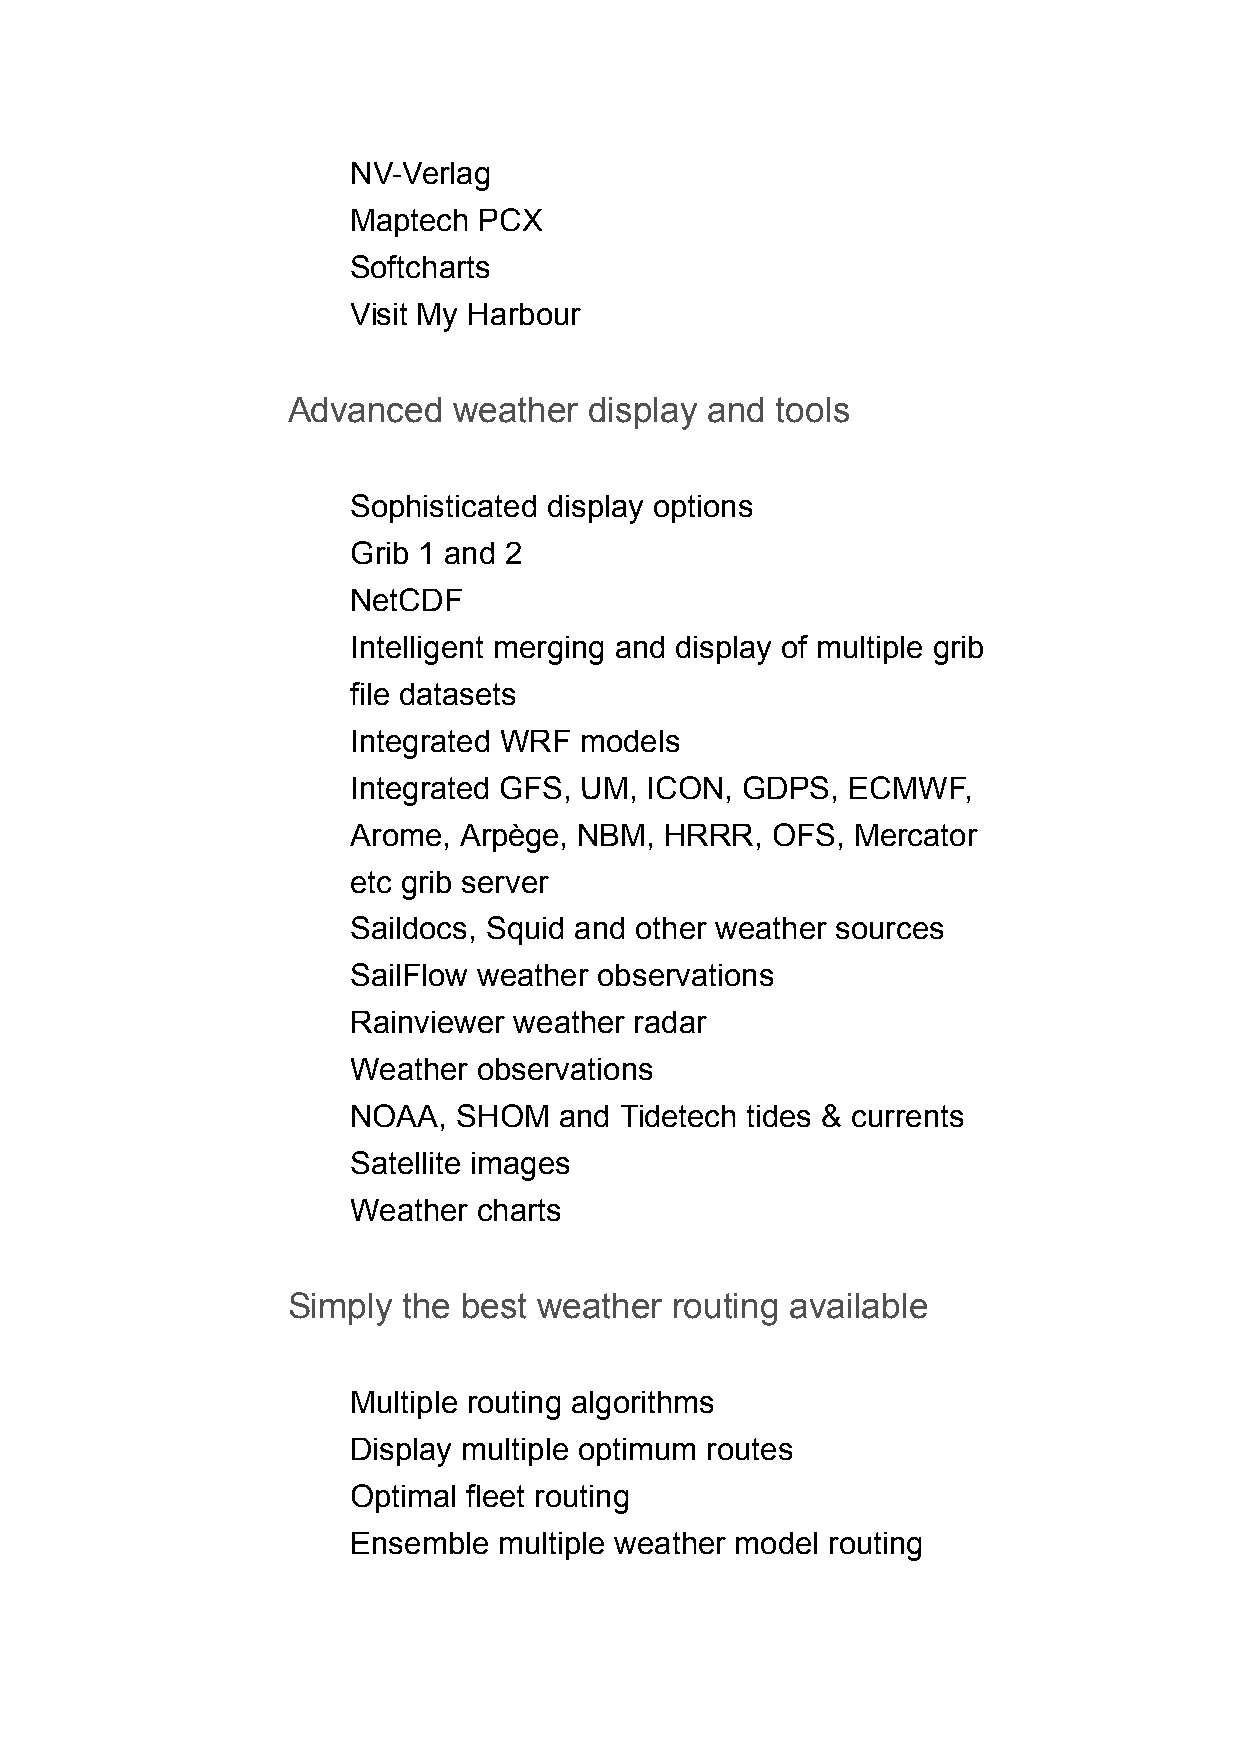
NV-Verlag
 Maptech  PCX
 Softcharts
 Visit My Harbour
 Advanced   weather  display and tools
 Sophisticated display options
 Grib 1 and 2
 NetCDF
 Intelligent merging and display of multiple grib
 file datasets
 Integrated WRF models
 Integrated GFS, UM, ICON, GDPS,  ECMWF,
 Arome, Arpège, NBM,  HRRR,  OFS,  Mercator
 etc grib server
 Saildocs, Squid and other weather sources
 SailFlow weather observations
 Rainviewer weather radar
 Weather  observations
 NOAA,  SHOM   and Tidetech tides & currents
 Satellite images
 Weather  charts
 Simply  the best weather  routing available
 Multiple routing algorithms
 Display multiple optimum routes
 Optimal fleet routing
 Ensemble  multiple weather model routing